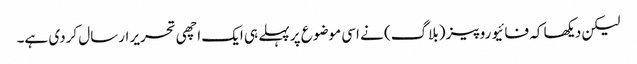
لیکن دیکھا کہ فائیو روپیز (بلاگ) نے اسی موضوع پر پہلے ہی ایک اچھی تحریر ارسال کردی ہے۔